画像に写った文字を読んでください
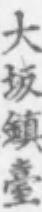
「大坂鎮臺」と書いてあります